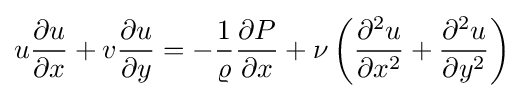
u{{\partial u} \over {\partial x}}+v{\frac {\partial u}{\partial y}}=-{{\frac {1}{\varrho }}{\frac {\partial P}{\partial x}}}+\nu \left({\frac {\partial ^{2}u}{\partial x^{2}}}+{\frac {\partial ^{2}u}{\partial y^{2}}}\right)